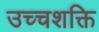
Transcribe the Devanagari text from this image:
उच्चशक्ति